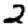
Digit: 2